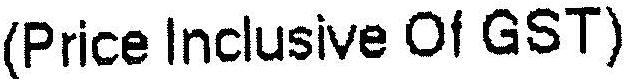
(PRICE INCLUSIVE OF GST)